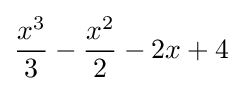
{\frac {x^{3}}{3}}-{\frac {x^{2}}{2}}-2x+4